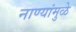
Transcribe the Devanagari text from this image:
नाण्यांमुळे